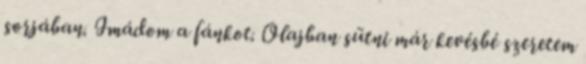
sorjában. Imádom a fánkot. Olajban sütni már kevésbé szeretem